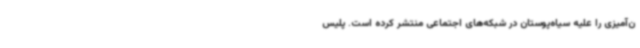
ن‌آمیزی را علیه سیاه‌پوستان در شبکه‌های اجتماعی منتشر کرده است. پلیس